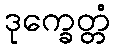
ဒုက္ခေတ္တံ